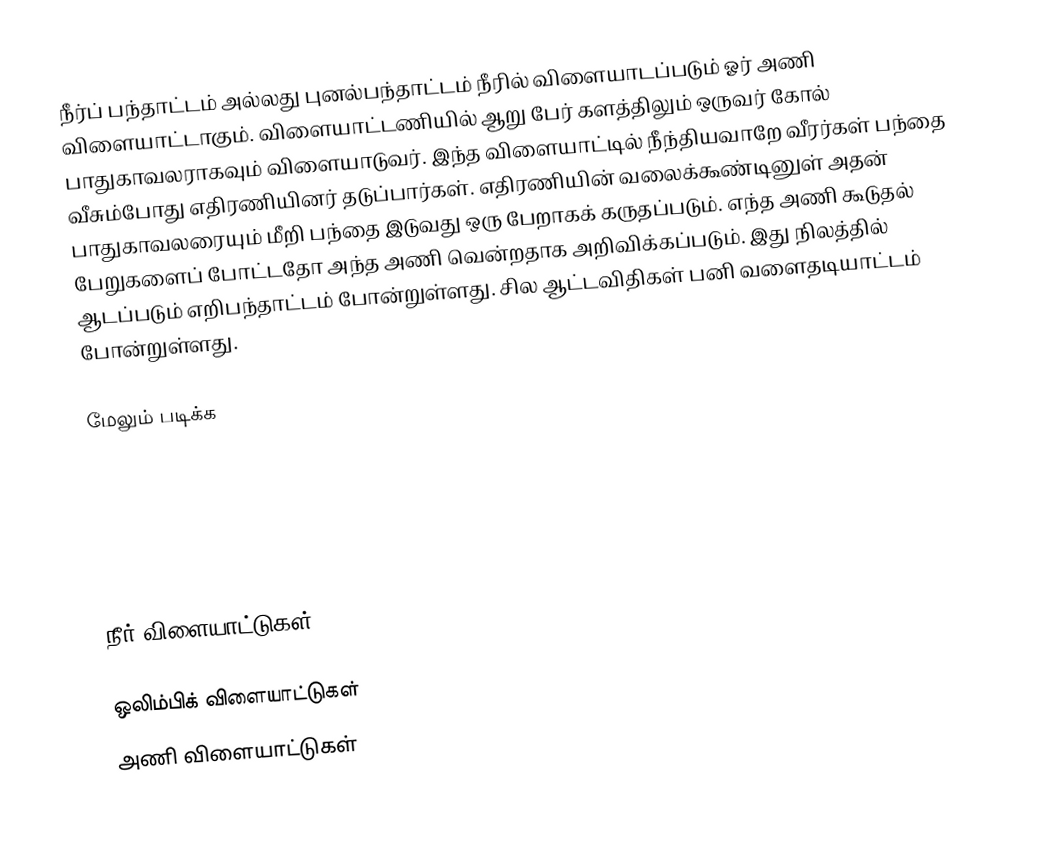
நீர்ப் பந்தாட்டம் அல்லது புனல்பந்தாட்டம் நீரில் விளையாடப்படும் ஓர் அணி விளையாட்டாகும். விளையாட்டணியில் ஆறு பேர் களத்திலும் ஒருவர் கோல் பாதுகாவலராகவும் விளையாடுவர். இந்த விளையாட்டில் நீந்தியவாறே வீரர்கள் பந்தை வீசும்போது எதிரணியினர் தடுப்பார்கள். எதிரணியின் வலைக்கூண்டினுள் அதன் பாதுகாவலரையும் மீறி பந்தை இடுவது ஒரு பேறாகக் கருதப்படும். எந்த அணி கூடுதல் பேறுகளைப் போட்டதோ அந்த அணி வென்றதாக அறிவிக்கப்படும். இது  நிலத்தில் ஆடப்படும் எறிபந்தாட்டம் போன்றுள்ளது. சில ஆட்டவிதிகள் பனி வளைதடியாட்டம் போன்றுள்ளது.

மேலும் படிக்க

நீர் விளையாட்டுகள்

ஒலிம்பிக் விளையாட்டுகள்
அணி விளையாட்டுகள்